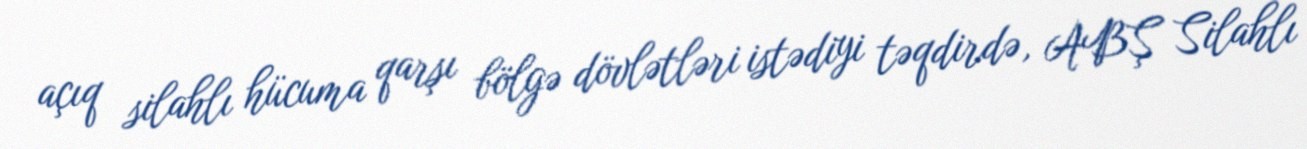
açıq silahlı hücuma qarşı bölgə dövlətləri istədiyi təqdirdə, ABŞ Silahlı